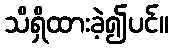
သိရှိထားခဲ့၍ပင်။